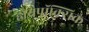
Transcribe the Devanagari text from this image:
हायपॉक्सिक